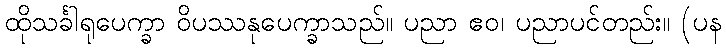
ထိုသင်္ခါရုပေက္ခာ ဝိပဿနုပေက္ခာသည်။ ပညာ ဧဝ၊ ပညာပင်တည်း။ (ပန